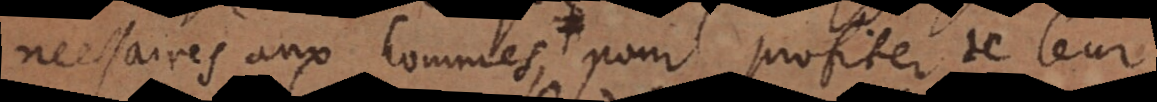
necessaires aux hommes, pour profiter de leur